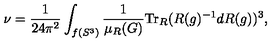
\nu = \frac { 1 } { 2 4 \pi ^ { 2 } } \int _ { f ( S ^ { 3 } ) } \frac { 1 } { \mu _ { R } ( G ) } \mathrm { T r } _ { R } ( R ( g ) ^ { - 1 } d R ( g ) ) ^ { 3 } ,